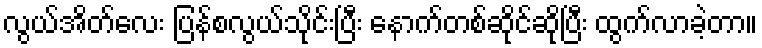
လွယ်အိတ်လေး ပြန်စလွယ်သိုင်းပြီး နောက်တစ်ဆိုင်ဆိုပြီး ထွက်လာခဲ့တာ။